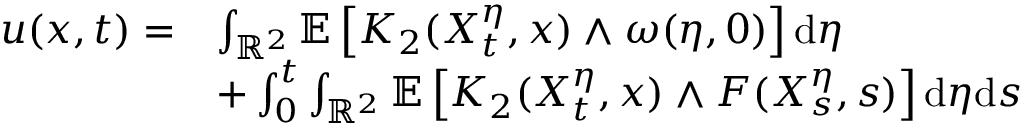
\begin{array} { r l } { u ( x , t ) = } & { \int _ { \mathbb { R } ^ { 2 } } \mathbb { E } \left[ K _ { 2 } ( X _ { t } ^ { \eta } , x ) \wedge \omega ( \eta , 0 ) \right] \mathrm { d } \eta } \\ & { + \int _ { 0 } ^ { t } \int _ { \mathbb { R } ^ { 2 } } \mathbb { E } \left[ K _ { 2 } ( X _ { t } ^ { \eta } , x ) \wedge F ( X _ { s } ^ { \eta } , s ) \right] \mathrm { d } \eta \mathrm { d } s } \end{array}